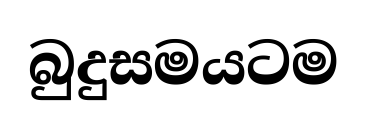
බුදුසමයටම